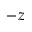
- z